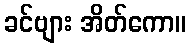
ခင်ဗျား အိတ်ကော။